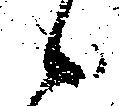
候